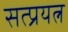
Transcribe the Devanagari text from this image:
सत्प्रयत्न